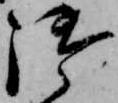
御